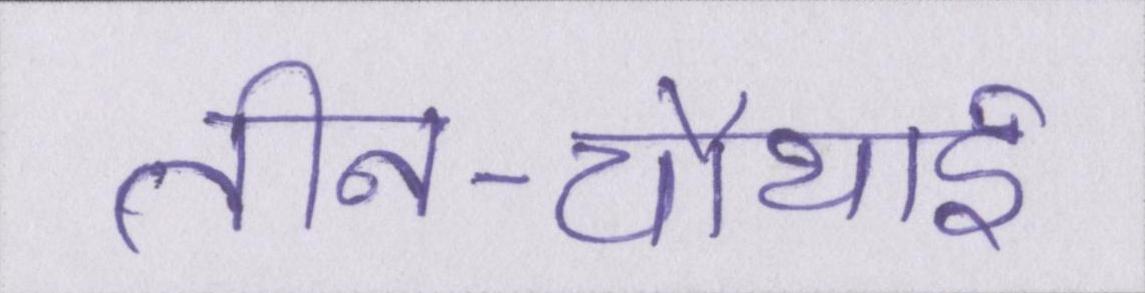
तीन-चौथाई